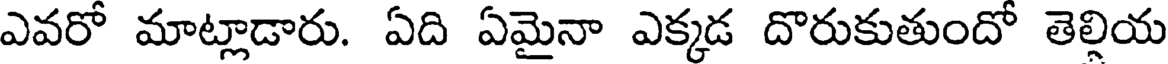
ఎవరో మాట్లాడారు. ఏది ఏమైనా ఎక్కడ దొరుకుతుందో తెల్లియ